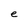
Character: e